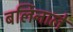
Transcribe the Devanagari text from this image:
बर्लिनाले